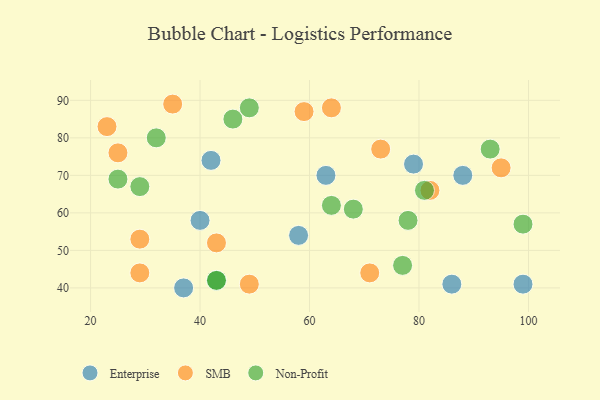
{"axis": {"x": "GDP", "y": "Life Expectancy"}, "legend": ["Enterprise", "Non-Profit", "SMB"], "data": [{"x": "86", "y": 41, "type": "Enterprise"}, {"x": "99", "y": 41, "type": "Enterprise"}, {"x": "40", "y": 58, "type": "Enterprise"}, {"x": "79", "y": 73, "type": "Enterprise"}, {"x": "42", "y": 74, "type": "Enterprise"}, {"x": "88", "y": 70, "type": "Enterprise"}, {"x": "58", "y": 54, "type": "Enterprise"}, {"x": "37", "y": 40, "type": "Enterprise"}, {"x": "63", "y": 70, "type": "Enterprise"}, {"x": "59", "y": 87, "type": "SMB"}, {"x": "95", "y": 72, "type": "SMB"}, {"x": "29", "y": 53, "type": "SMB"}, {"x": "43", "y": 52, "type": "SMB"}, {"x": "29", "y": 44, "type": "SMB"}, {"x": "49", "y": 41, "type": "SMB"}, {"x": "71", "y": 44, "type": "SMB"}, {"x": "23", "y": 83, "type": "SMB"}, {"x": "35", "y": 89, "type": "SMB"}, {"x": "64", "y": 88, "type": "SMB"}, {"x": "25", "y": 76, "type": "SMB"}, {"x": "73", "y": 77, "type": "SMB"}, {"x": "82", "y": 66, "type": "SMB"}, {"x": "32", "y": 80, "type": "Non-Profit"}, {"x": "29", "y": 67, "type": "Non-Profit"}, {"x": "68", "y": 61, "type": "Non-Profit"}, {"x": "43", "y": 42, "type": "Non-Profit"}, {"x": "25", "y": 69, "type": "Non-Profit"}, {"x": "78", "y": 58, "type": "Non-Profit"}, {"x": "81", "y": 66, "type": "Non-Profit"}, {"x": "64", "y": 62, "type": "Non-Profit"}, {"x": "46", "y": 85, "type": "Non-Profit"}, {"x": "49", "y": 88, "type": "Non-Profit"}, {"x": "99", "y": 57, "type": "Non-Profit"}, {"x": "93", "y": 77, "type": "Non-Profit"}, {"x": "43", "y": 42, "type": "Non-Profit"}, {"x": "77", "y": 46, "type": "Non-Profit"}]}